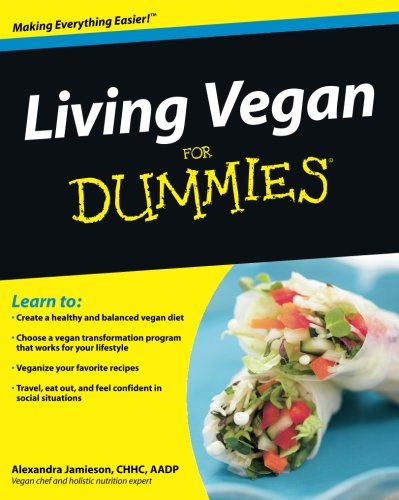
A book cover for Living Vegan For Dummies; Alexandra Jamieson; Health, Fitness & Dieting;